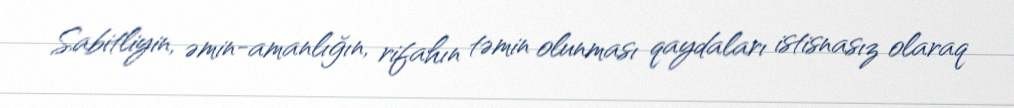
Sabitliyin, əmin-amanlığın, rifahın təmin olunması qaydaları istisnasız olaraq